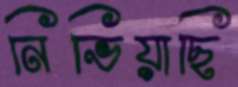
নিভিয়াছি